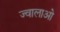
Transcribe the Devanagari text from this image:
ज्वालाओ